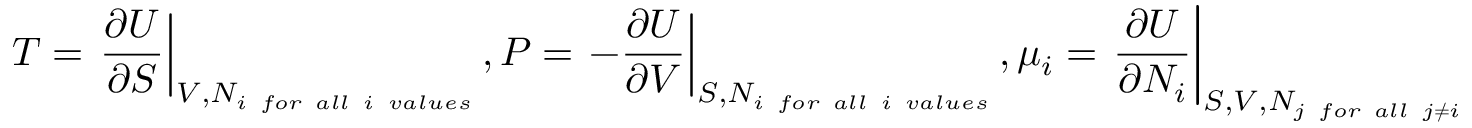
T = \left. { \frac { \partial U } { \partial S } } \right\vert _ { V , N _ { i \ f o r \ a l l \ i \ v a l u e s } } , P = \left. - { \frac { \partial U } { \partial V } } \right\vert _ { S , N _ { i \ f o r \ a l l \ i \ v a l u e s } } , \mu _ { i } = \left. { \frac { \partial U } { \partial N _ { i } } } \right\vert _ { S , V , N _ { j \ f o r \ a l l \ j \neq i } }